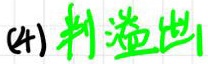
(4) 判溢出